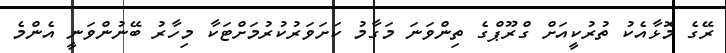
ރޭގެ މޮޅާއެކު ތުރުކީއަށް ގްރޫޕްގެ ތިންވަނަ މަގާމު ކަށަވަރުކުރުމަށްޓަކާ މިހާރު ބޭނުންވަނީ އެންމެ